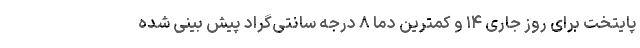
پایتخت برای روز جاری ۱۴ و کمترین دما ۸ درجه سانتی‌گراد پیش بینی شده